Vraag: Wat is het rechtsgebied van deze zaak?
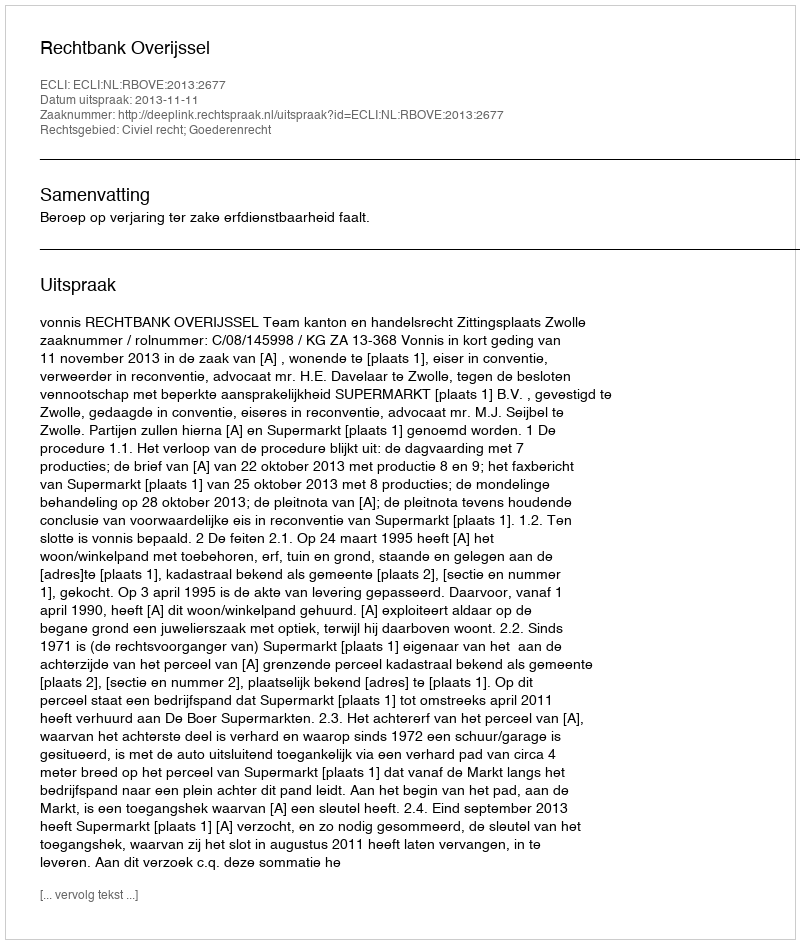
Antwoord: Civiel recht; Goederenrecht